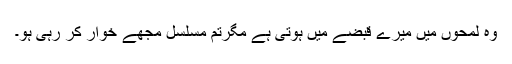
وہ لمحوں میں میرے قبضے میں ہوتی ہے مگرتم مسلسل مجھے خوار کر رہی ہو۔